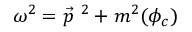
\omega ^ { 2 } = \vec { p } ^ { \ 2 } + m ^ { 2 } ( \phi _ { c } )